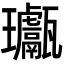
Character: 𤫣